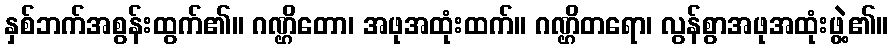
နှစ်ဘက်အစွန်းထွက်၏။ ဂဏ္ဌိတော၊ အဖုအထုံးထက်။ ဂဏ္ဌိတရော၊ လွန်စွာအဖုအထုံးဖွဲ့၏။